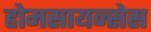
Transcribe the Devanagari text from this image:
होमसायन्सेस